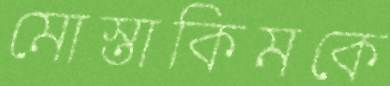
মোস্তাকিমকে